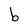
Character: b